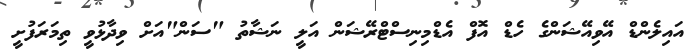
އައިލެންޑް އޭވިއޭޝަންގެ ހެޑް އޮފް އެޑްމިނިސްޓްރޭޝަން އަލީ ނަޝާތު "ސަން"އަށް ވިދާޅުވީ ތިމަރަފުށީ